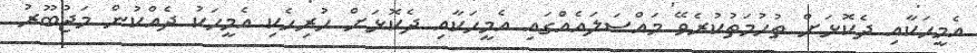
އެމީހަކާއި ދެކޮޅަށް ތުހުމަތުކުރެވޭ މައްސަލައެއްގައި އެމީހަކާއި ދެކޮޅަށް ހުރިހެކި އެމީހަކު ދެއްކުން މަޖުބޫރު